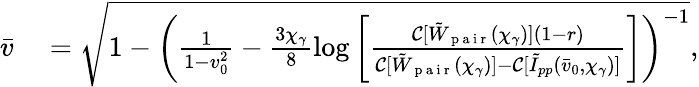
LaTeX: \begin{array}{rl}{\bar{v}}&{{}=\sqrt{1-\biggl(\frac{1}{1-v_{0}^{2}}-\frac{3\chi_{\gamma}}{8}\log{\biggl[\frac{\mathcal{C}[\tilde{W}_{\mathrm{~p~a~i~r~}}(\chi_{\gamma})](1-r)}{\mathcal{C}[\tilde{W}_{\mathrm{~p~a~i~r~}}(\chi_{\gamma})]-\mathcal{C}[\tilde{I}_{pp}(\bar{v}_{0},\chi_{\gamma})]}\biggr]}\biggr)^{-1}},}\end{array}